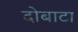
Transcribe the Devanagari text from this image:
दोबाटा